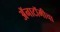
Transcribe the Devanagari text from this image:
अॅनाटॉमीचा